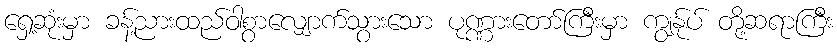
ရှေ့ဆုံးမှာ ခန့်ညားထည်ဝါစွာလျှောက်သွားသော ပုဏ္ဏားတော်ကြီးမှာ ကျွန်ုပ် တို့ဆရာကြီး